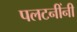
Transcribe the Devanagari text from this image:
पलटनींनी